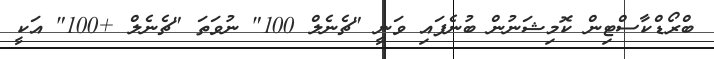
ބްރޯޑްކާސްޓިން ކޮމިޝަނުން ބުނެފައި ވަނީ "ޗެނެލް 100" ނުވަތަ "ޗެނެލް +100" އަކީ